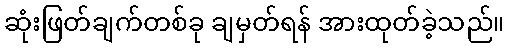
ဆုံးဖြတ်ချက်တစ်ခု ချမှတ်ရန် အားထုတ်ခဲ့သည်။